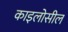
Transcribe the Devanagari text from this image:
काइलोसील